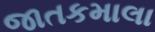
જાતકમાલા